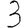
Digit: 3